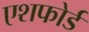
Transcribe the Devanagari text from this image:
एशफोर्ड